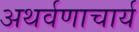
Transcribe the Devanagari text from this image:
अथर्वणाचार्य